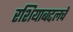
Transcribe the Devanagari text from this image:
रशियाबद्दलचे